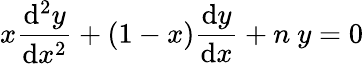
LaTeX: x\frac{\mathrm{d}^{2}y}{\mathrm{d}x^{2}}+(1-x)\frac{\mathrm{d}y}{\mathrm{d}x}+n~y=0